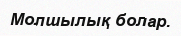
Молшылық болар.